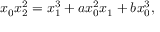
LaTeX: x _ { 0 } x _ { 2 } ^ { 2 } = x _ { 1 } ^ { 3 } + a x _ { 0 } ^ { 2 } x _ { 1 } + b x _ { 0 } ^ { 3 } ,